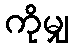
ကိုမျှ